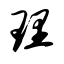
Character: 理